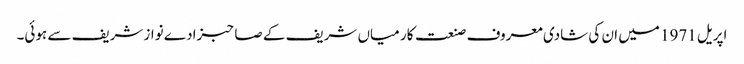
اپریل 1971 میں ان کی شادی معروف صنعت کار میاں شریف کے صاحبزادے نواز شریف سے ہوئی۔